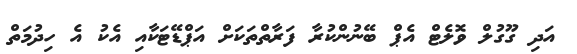
އަދި ގޫގުލް ވޮލެޓް އެޕް ބޭނުންކުރާ ފަރާތްތަކަށް އަޕްޑޭޓަކާއި އެކު އެ ހިދުމަތް